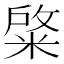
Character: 𮵺